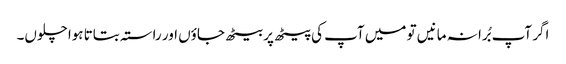
اگر آپ بُرا نہ مانیں تو میں آپ کی پیٹھ پر بیٹھ جاؤں اور راستہ بتاتا ہوا چلوں۔